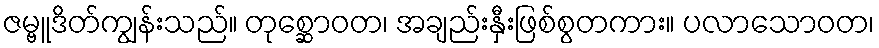
ဇမ္ဗူဒိတ်ကျွန်းသည်။ တုစ္ဆောဝတ၊ အချည်းနှီးဖြစ်စွတကား။ ပလာသောဝတ၊